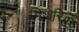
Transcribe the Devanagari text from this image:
मिथरिल